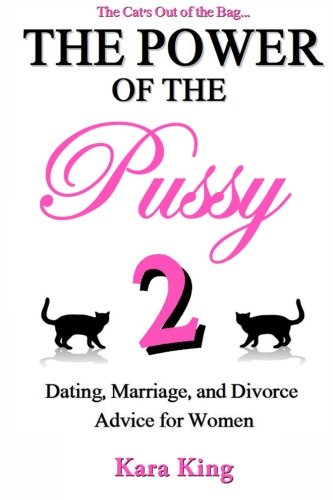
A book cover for The Power of the Pussy Part Two: Dating, Marriage, and Divorce Advice for Women; Kara King; Parenting & Relationships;